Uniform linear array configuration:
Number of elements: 12
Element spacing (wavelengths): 0.5
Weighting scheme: kaiser
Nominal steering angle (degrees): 0
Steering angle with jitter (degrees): -1.717
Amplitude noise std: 0.05
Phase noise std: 0.05

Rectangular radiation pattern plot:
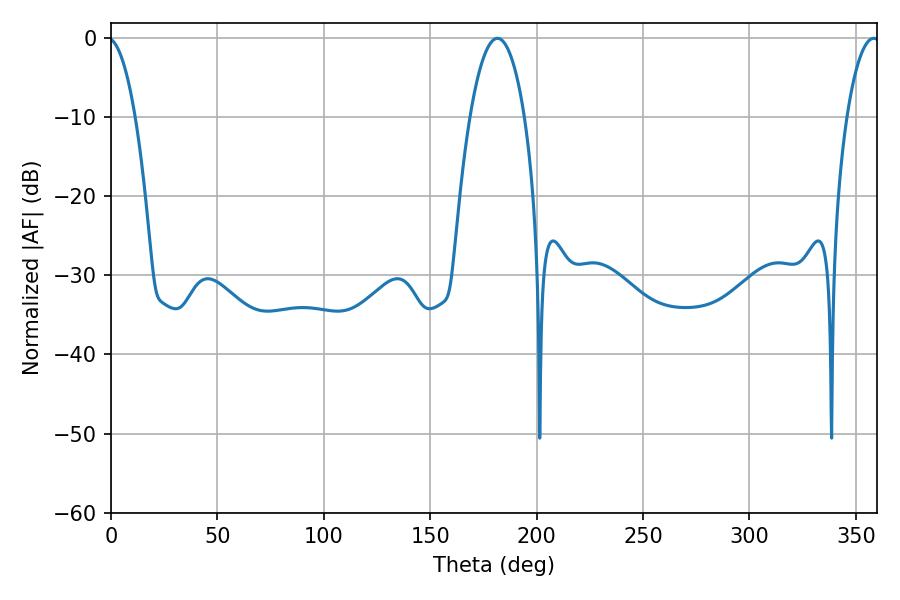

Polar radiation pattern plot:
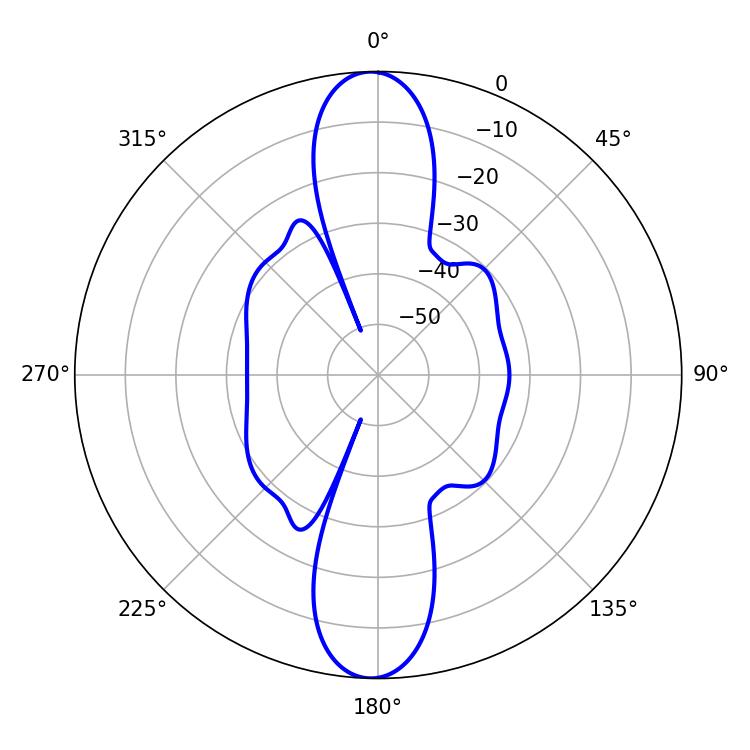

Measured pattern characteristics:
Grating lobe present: FALSE
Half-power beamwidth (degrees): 8.64
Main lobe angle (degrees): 358.38